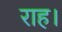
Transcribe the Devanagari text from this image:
राह।